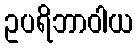
ဥပရိဘာဝါယ